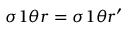
\sigma _ { Ḋ } 1 \theta r Ḍ = \sigma _ { Ḋ } 1 \theta r Ḍ ^ { \prime }